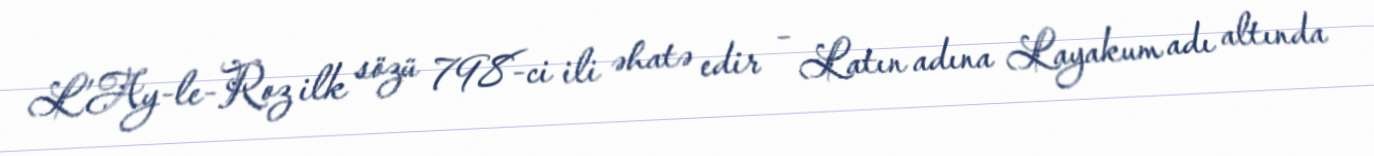
L’Ay-le-Roz ilk sözü 798-ci ili əhatə edir – Latın adına Layakum adı altında